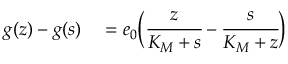
\begin{array} { r l } { g ( z ) - g ( s ) } & { { } = e _ { 0 } \bigg ( \cfrac { z } { K _ { M } + s } - \cfrac { s } { K _ { M } + z } \bigg ) } \end{array}